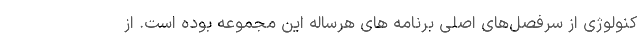
کنولوژی از سرفصل‌های اصلی برنامه های هرساله این مجموعه بوده است. از